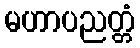
မဟာပညတ္တံ